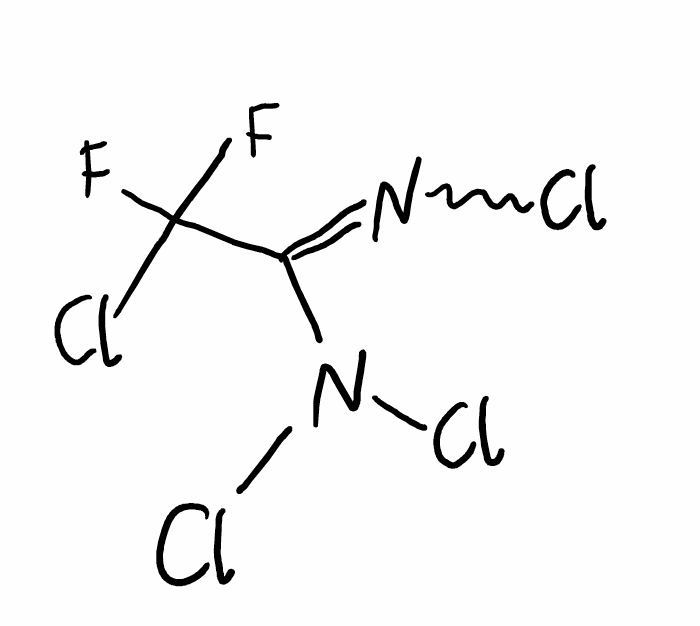
Simplified molecular-input line-entry system (SMILES) notation of the given molecule:
C(=NCl)(C(F)(F)Cl)N(Cl)Cl